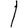
Digit: 1